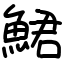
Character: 鮶